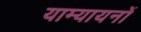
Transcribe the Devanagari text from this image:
याम्यायनों